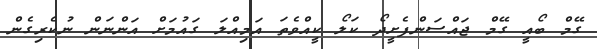
ގޭމް ބޯއީ ގޭމް ޖައްސަންފެށީދޯ ކަލޯ ކީއްވެތަ އަމިއްލަ ގައުމަށް އަންނަން ނުކެރިގެން